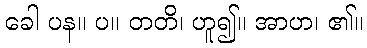
ခေါ ပန။ ပ။ တတိ၊ ဟူ၍။ အာဟ၊ ၏။